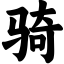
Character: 骑